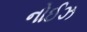
નોઈઝ